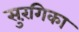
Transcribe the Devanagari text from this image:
सुरंगिका